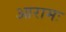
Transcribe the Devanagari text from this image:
आरामः